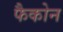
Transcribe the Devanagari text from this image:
फैकोन